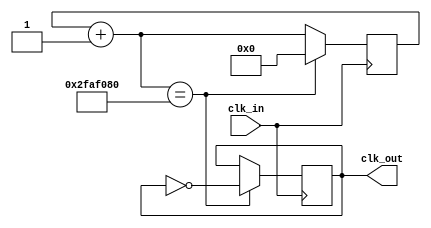
`timescale 1ns / 1ps
//////////////////////////////////////////////////////////////////////////////////
// Company: 
// Engineer: 
// 
// Design Name: 
// Module Name: clock_gen
// Project Name: 
// Target Devices: 
// Tool Versions: 
// Description: 
// 
// Dependencies: 
// 
// Revision:
// Revision 0.01 - File Created
// Additional Comments:
// 
//////////////////////////////////////////////////////////////////////////////////

/* Takes 100 MHz clock in and outputs a 1 Hz clock */
module clock_gen(
        input       clk_in,
        output reg  clk_out
    );

    reg[26:0] counter;

    always @(posedge clk_in) begin
        counter = counter + 1;
        if (counter == 50_000_000) begin
            clk_out = ~clk_out;
            counter = 0;
        end
    end

endmodule // clock_gen